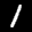
Label: 1